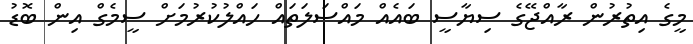
މީގެ އިތުރުން ރާއްޖޭގެ ސިޔާސީ ބައެއް މައްސަލަތައް ހައްލުކުރުމަށް ސީމެގް އިން ބޮޑު